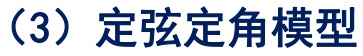
（3）定弦定角模型